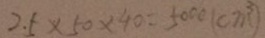
2 . 5 \times 5 0 \times 4 0 = 5 0 0 0 ( c m ^ { 3 } )